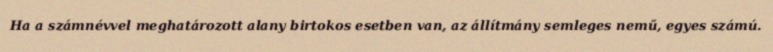
Ha a számnévvel meghatározott alany birtokos esetben van, az állítmány semleges nemű, egyes számú.